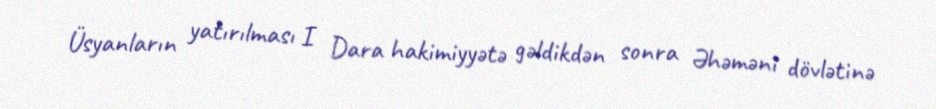
Üsyanların yatırılması I Dara hakimiyyətə gəldikdən sonra Əhəməni dövlətinə